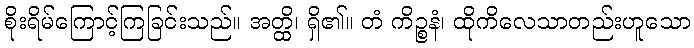
စိုးရိမ်ကြောင့်ကြခြင်းသည်။ အတ္ထိ၊ ရှိ၏။ တံ ကိဉ္စနံ၊ ထိုကိလေသာတည်းဟူသော